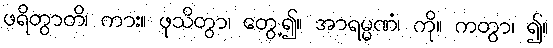
ဖရိတွာတိ၊ ကား။ ဖုသိတွာ၊ တွေ့၍။ အာရမ္မဏံ၊ ကို။ ကတွာ၊ ၍။